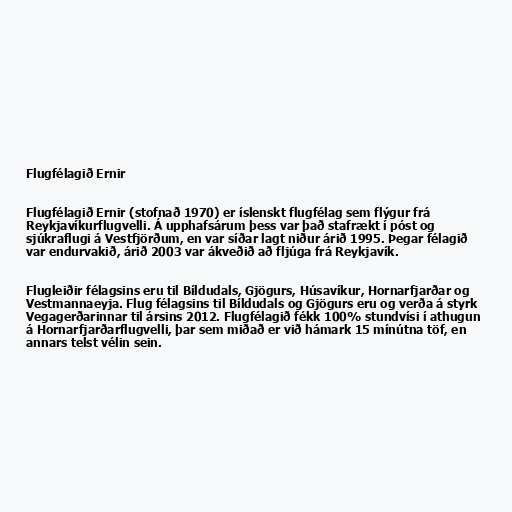
Flugfélagið Ernir

Flugfélagið Ernir (stofnað 1970) er íslenskt flugfélag sem flýgur frá
Reykjavíkurflugvelli. Á upphafsárum þess var það stafrækt í póst og
sjúkraflugi á Vestfjörðum, en var síðar lagt niður árið 1995. Þegar félagið
var endurvakið, árið 2003 var ákveðið að fljúga frá Reykjavík.

Flugleiðir félagsins eru til Bíldudals, Gjögurs, Húsavíkur, Hornarfjarðar og
Vestmannaeyja. Flug félagsins til Bíldudals og Gjögurs eru og verða á styrk
Vegagerðarinnar til ársins 2012. Flugfélagið fékk 100% stundvísi í athugun
á Hornarfjarðarflugvelli, þar sem miðað er við hámark 15 mínútna töf, en
annars telst vélin sein.